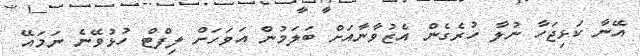
އޭނާ ކަޅިޖަހާ ނުލާ ހުރެގެން އެޒުވާނާއަށް ބަލަމުން އަވަހަށް ލިފްޓް ހުޅުވޭނެ ނަމައޭ